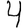
Digit: 4